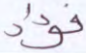
فؤاد